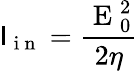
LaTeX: \mathsf{I}_{\mathrm{{~i~n~}}}=\frac{{\mathrm{{~E~}}_{0}^{2}}}{{2\eta}}